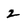
Character: 2